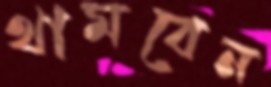
থামবেন